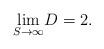
LaTeX: \begin{align*}\underset{S \rightarrow \infty }{\lim }D=2.\end{align*}